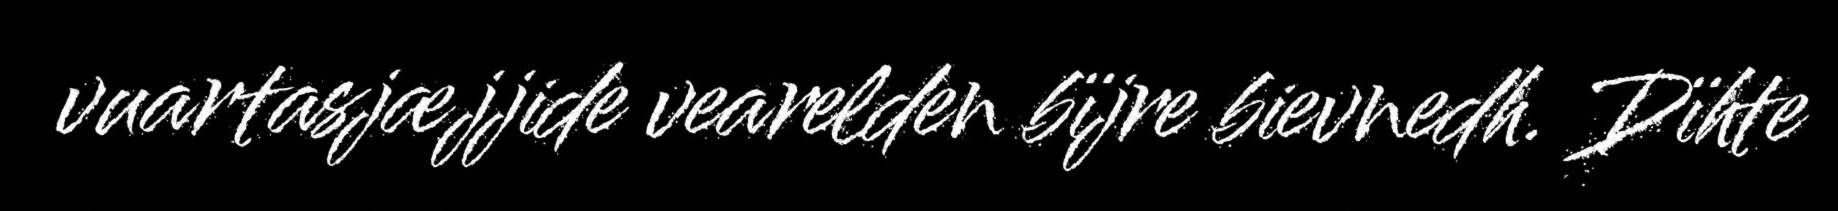
vuartasjæjjide vearelden bïjre bievnedh. Dïhte